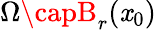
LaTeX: \Omega\capB_{r}(\mathit{x}_{0})